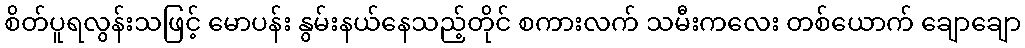
စိတ်ပူရလွန်းသဖြင့် မောပန်း နွမ်းနယ်နေသည့်တိုင် စကားလက် သမီးကလေး တစ်ယောက် ချောချော